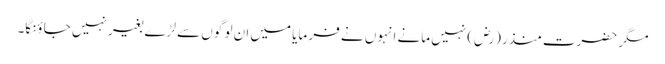
مگر حضرت منذر (رض) نہیں مانے انہوں نے فر مایا میں ان لو گوں سے لڑے بغیر نہیں جا ؤنگا۔